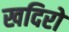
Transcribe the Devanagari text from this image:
खदिरो